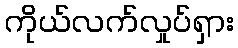
ကိုယ်လက်လှုပ်ရှား